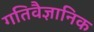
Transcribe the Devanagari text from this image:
गतिवैज्ञानिक